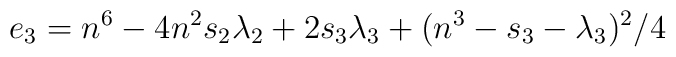
e_{3}=n^{6}-4n^{2}s_{2}\lambda _{2}+2s_{3}\lambda _{3}+(n^{3}-s_{3}-\lambda _{3})^{2}/4